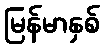
မြန်မာနှစ်